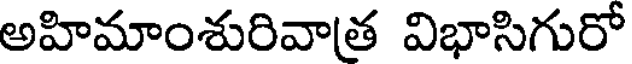
అహిమాంశురివాత విభాసిగురో